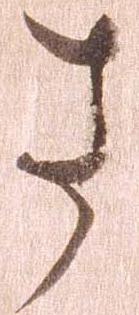
さ